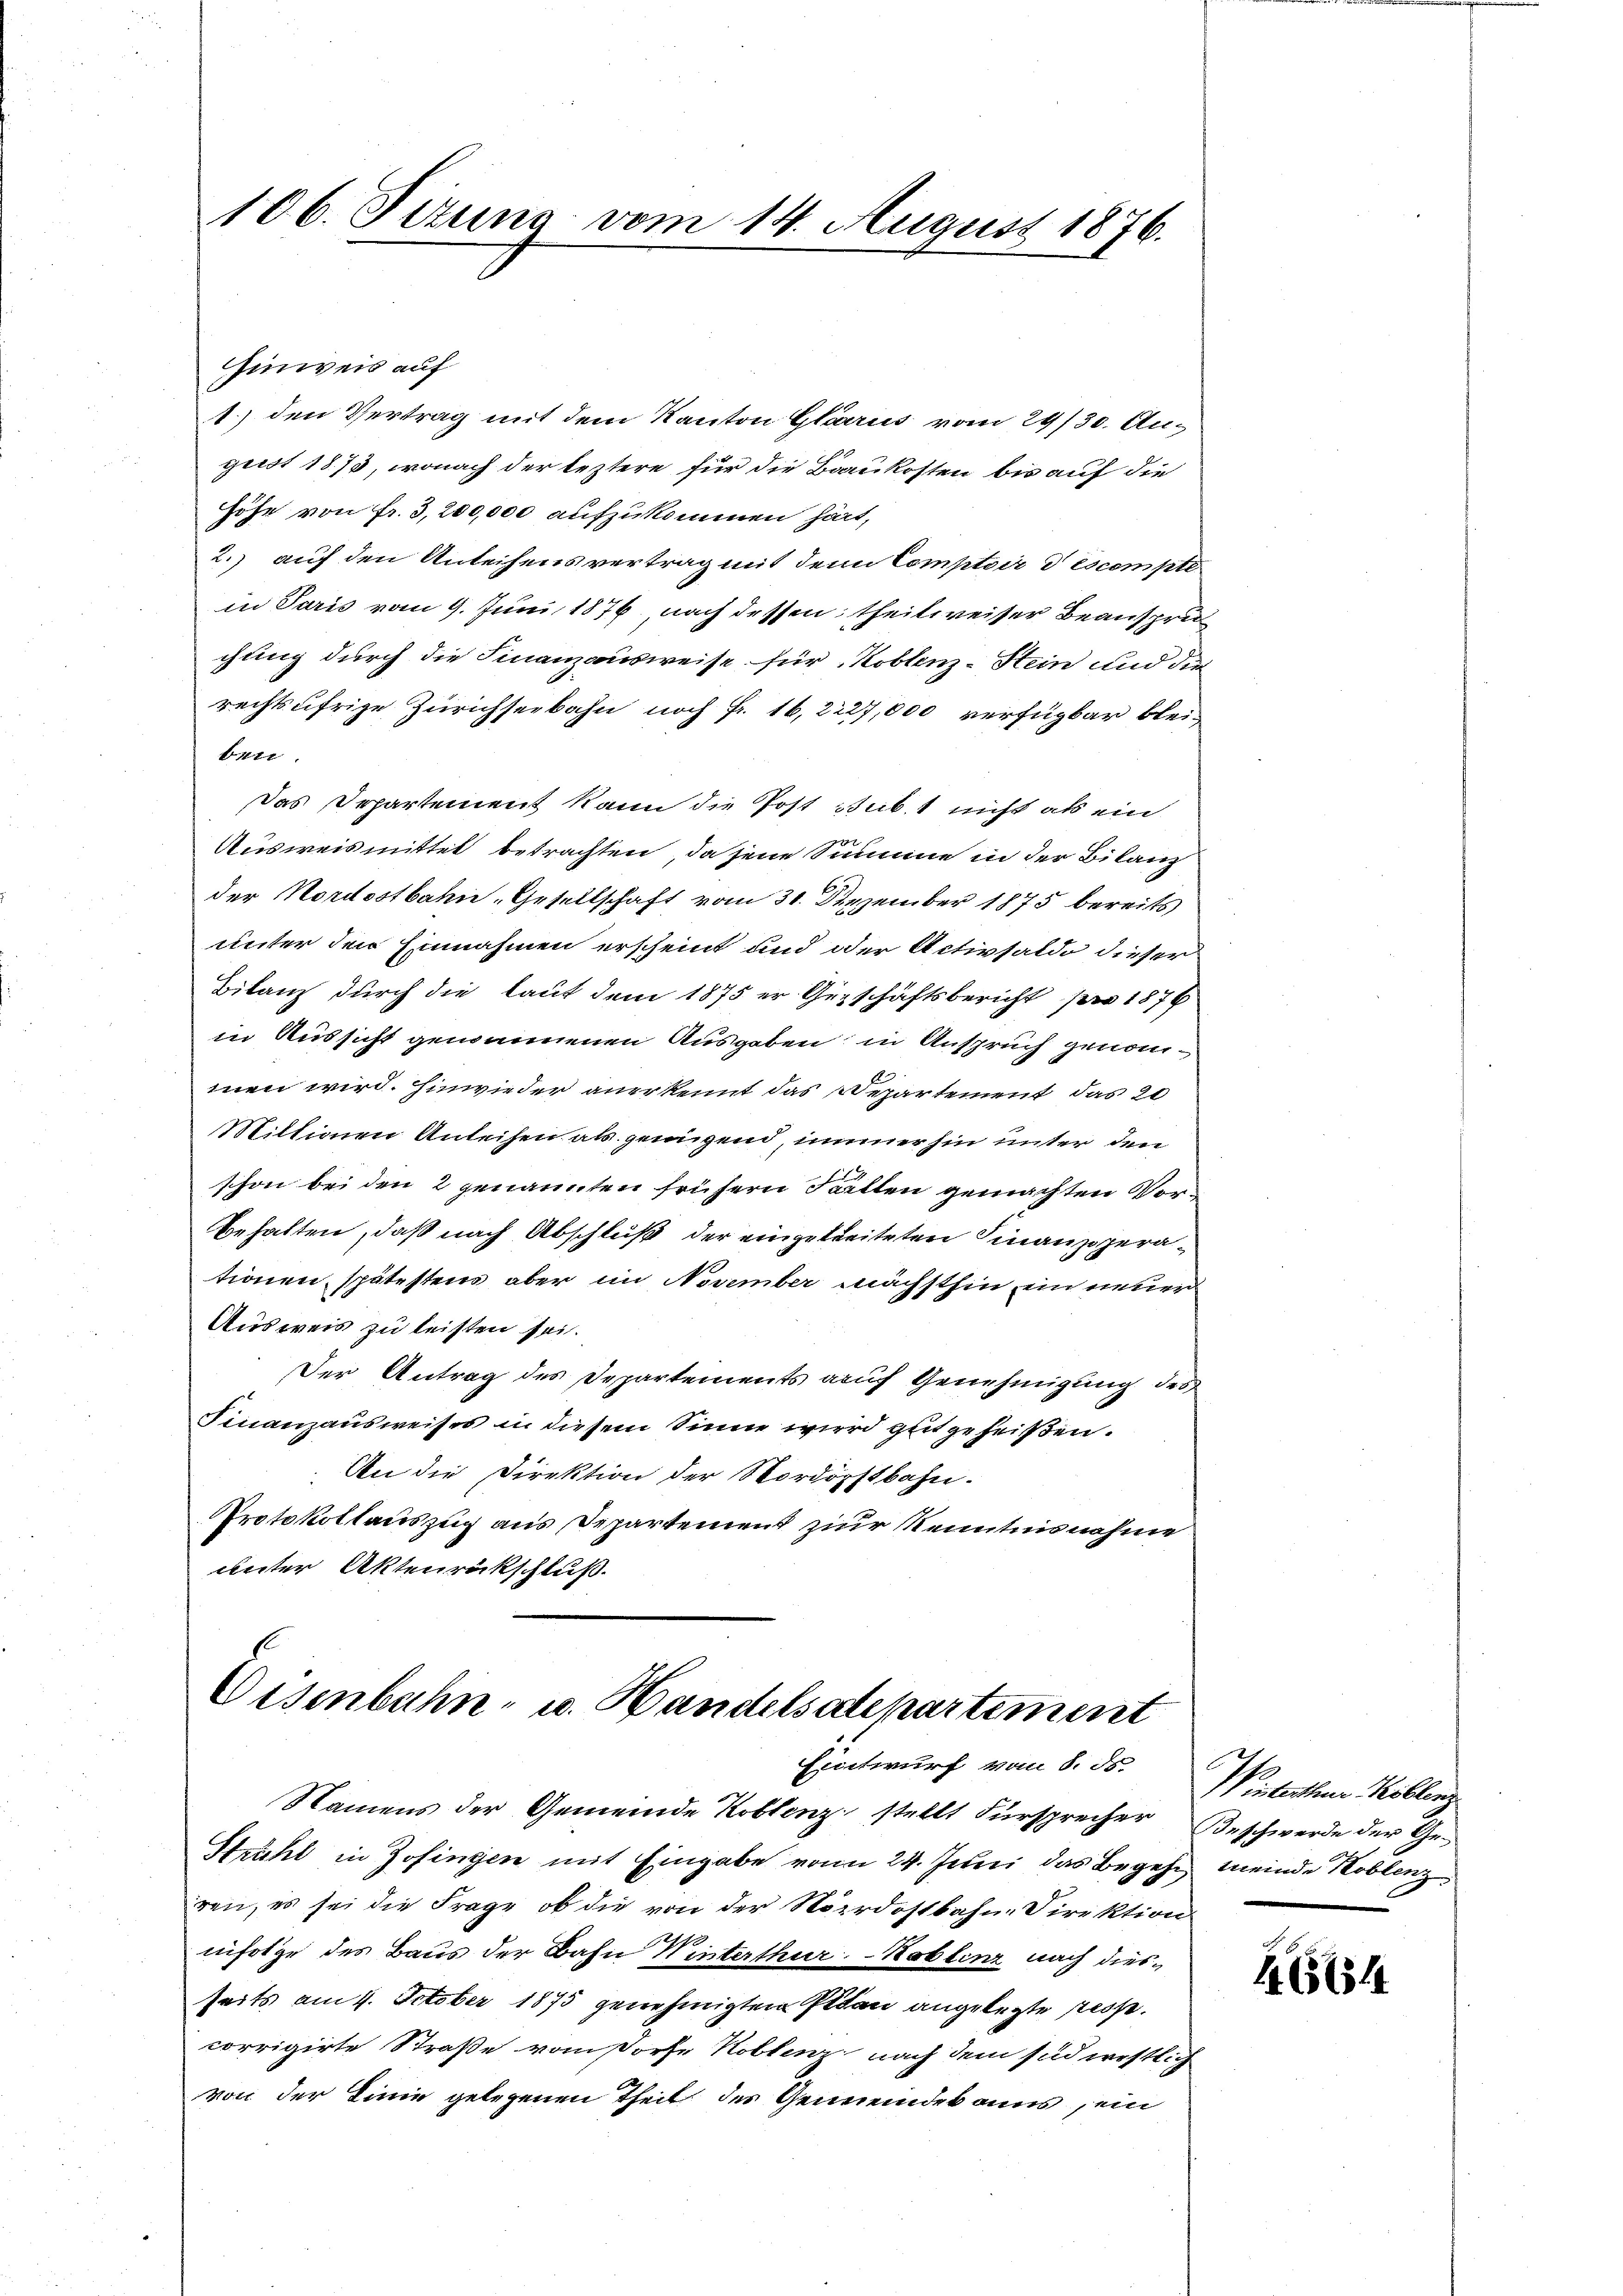
106. Sitzung vom 14. August 1876.

Einweis auf
1.) den Vertrag mit dem Kanton Glarus vom 29/30. August 1873, wonach der leztere für die Baukosten bis auf die
Höhe von Fr. 3,200,000 aufzukommen hätt,
2.) auf den Anleihensvertrag mit dem Comptoir descompte
in Paris vom 9. Juni 1876, nach dessen theilweiser Beanspru
chung durch die Finanzausweise für Koblenz-Stein und die
rechtsufrige Zürichseebahn noch Fr. 16, 2127,000 verfügbar bleibetr.
Das Departement kann die Post sub. nicht als ein
Ausweismittel betrachten, da jene Summe in der Bilanz
der Nordostbahn, Gesellschaft vom 31. Dezember 1875 bereits
unter den Einnahmen erscheint und der Activsaldo dieser
Bilanz durch die laut dem 1875 er Geschäftsbericht pro 1876
in Aussicht genommenen Ausgaben in Anspruch genommen wird. Hinwieder anerkennt das Departement das 20
Miltionen Anleihen als genügend, immer hin unter den
schon bei den 2 genannten frühern Fällen gemachten Vorbehalten, daß nach Abschluß der eingetreiteten Finanzigerationen, spätestens aber im November nächsthin ein neuer
Ausweis zu leisten sei.
Der Antrag des Departements auf Genehmigung des
Finanzausweises in diesem Sinne wird gut geheißen.
An die Direktion der Nordostbahn.
Protokollauszug aus Departement zur Kenntnisnahme
unter Aktenrückschluß.

Eisenbahn- u. Handelsdepartement
Eintwurf vom 8. ds. Winterthur Kellenz
Namens der Gemeinde Koblenz stellt Fürsprecher Beschwerde der Ge¬
Strahl in Zofingen mit Eingabe von 24. Juni das Begehr meinde Koblenz

ren, es sei die Frage, ob die von der Nordostbahne Direktion
infolge des Baus der Bahn Winterthur–Koblenz nach diesseits am 4. October 1875 genehmigten Plan angelegte resp.
corrigirte Straße vom Porte Koblenz nach dem sind westlich
von der Linie gelegenen Theil des Gemeindes aus sein

6654